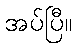
အပ်ပြီ။